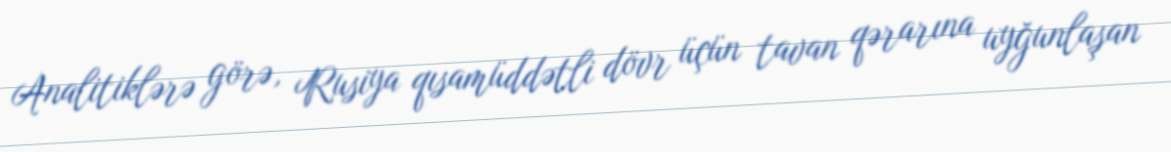
Analitiklərə görə, Rusiya qısamüddətli dövr üçün tavan qərarına uyğunlaşan